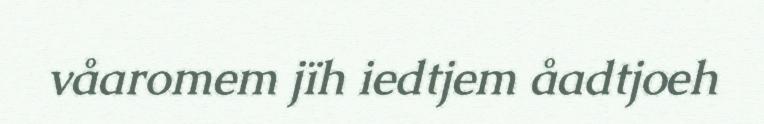
våaromem jïh iedtjem åadtjoeh